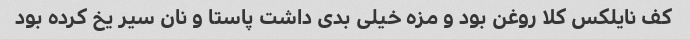
کف نایلکس کلا روغن بود و مزه خیلی بدی داشت پاستا و نان سیر یخ کرده بود